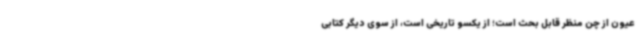
عیون از چن منظر قابل بحث است؛ از یکسو تاریخی است، از سوی دیگر کتابی